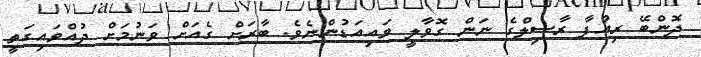
ދޮންބޭ ރިއުފާ ރާސިލްގެ ނަން ގޮވާލީ ވައިއަޑުންނެވެ. ބާރަށް ގެއަށް ވަނުމަށް ދުއްވައިގަތީ